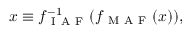
x \equiv f _ { \mathrm { ~ I ~ A ~ F ~ } } ^ { - 1 } ( f _ { \mathrm { ~ M ~ A ~ F ~ } } ( x ) ) ,